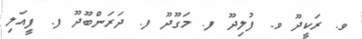
ވ. ރަކީދޫ ވ. ފުލިދޫ ފ. މަގޫދޫ ފ. ދަރަންބޫދޫ ފ. ފީއަލި